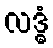
လဒ္ဓံ